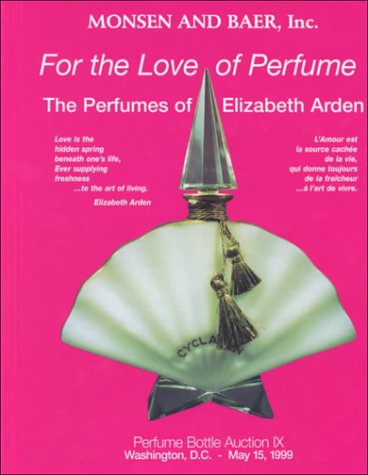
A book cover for For the Love of Perfume: The Perfumes of Elizabeth Arden; Randy Monsen; Crafts, Hobbies & Home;